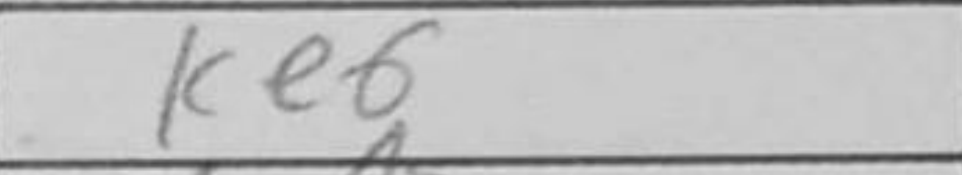
Transcription: Ke6